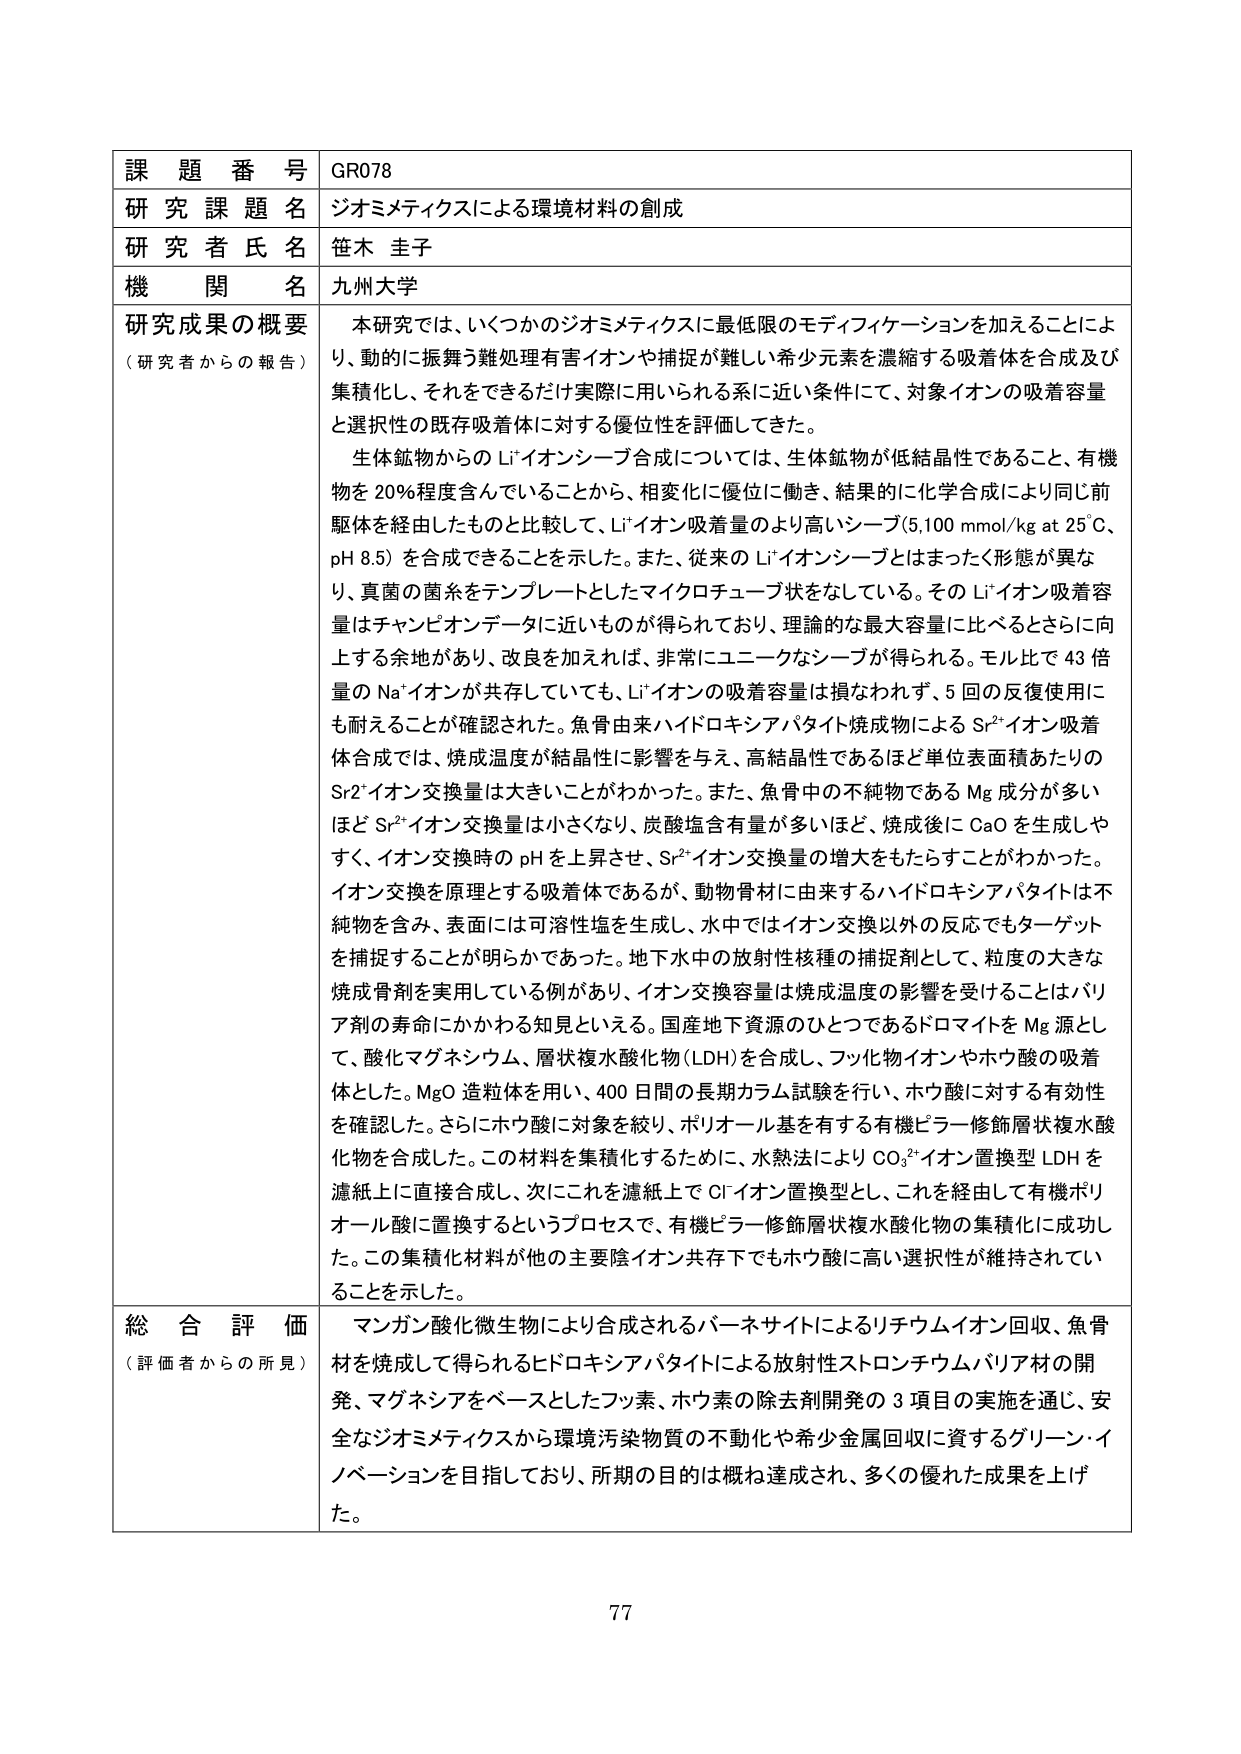
課題番号 GR078
研究課題名 ジオミメティクスによる環境材料の創成
研究者氏名 笹木 圭子
機関名 九州大学

研究成果の概要
（研究者からの報告）
本研究では、いくつかのジオミメティクスに最低限のモディフィケーションを加えることにより、動的に振舞う難処理有害イオンや捕捉が難しい希少元素を濃縮する吸着体を合成及び集積化し、それをできるだけ実際に用いられる系に近い条件にて、対象イオンの吸着容量と選択性の既存吸着体に対する優位性を評価してきた。

生体鉱物からのLi⁺イオンシーブ合成については、生体鉱物が低結晶性であること、有機物を20％程度含んでいることから、相変化に優位に働き、結果的に化学合成により同じ前駆体を経由したものと比較して、Li⁺イオン吸着量のより高いシーブ（5,100 mmol/kg at 25℃、pH 8.5）を合成できることを示した。また、従来のLi⁺イオンシーブとはまったく形態が異なり、真菌の菌糸をテンプレートとしたマイクロチューブ状をなしている。そのLi⁺イオン吸着容量はチャンピオンデータに近いものが得られており、理論的な最大容量に比べるとさらに向上する余地があり、改良を加えれば、非常にユニークなシーブが得られる。モル比で43倍量のNa⁺イオンが共存していても、Li⁺イオンの吸着容量は損なわれず、5回の反復使用にも耐えることが確認された。魚骨由来ハイドロキシアパタイト焼成物によるSr²⁺イオン吸着体合成では、焼成温度が結晶性に影響を与え、高結晶性であるほど単位表面積あたりのSr²⁺イオン交換量は大きいことがわかった。また、魚骨中の不純物であるMg成分が多いほどSr²⁺イオン交換量は小さくなり、炭酸塩含有量が多いほど、焼成後にCaOを生成しやすく、イオン交換時のpHを上昇させ、Sr²⁺イオン交換量の増大をもたらすことがわかった。イオン交換を原理とする吸着体であるが、動物骨材に由来するハイドロキシアパタイトは不純物を含み、表面には可溶性塩を生成し、水中ではイオン交換以外の反応でもターゲットを捕捉することが明らかであった。地下水中的放射性核種の捕捉剤として、粒度の大きな焼成骨剤を実用している例があり、イオン交換容量は焼成温度の影響を受けることはバリア剤の寿命にかかわる知見といえる。国産地下資源のひとつであるドロマイトをMg源として、酸化マグネシウム、層状複水酸化物（LDH）を合成し、フッ化物イオンやホウ酸の吸着体とした。MgO造粒体を用い、400日間の長期カラム試験を行い、ホウ酸に対する有効性を確認した。さらにホウ酸に対象を絞り、ポリオール基を有する有機ピラーレ修飾層状複水酸化物を合成した。この材料を集積化するために、水熱法によりCO₃²⁻イオン置換型LDHを濾紙上に直接合成し、次にこれを濾紙上でCl⁻イオン置換型とし、これを経由して有機ポリオール酸に置換するというプロセスで、有機ピラーレ修飾層状複水酸化物の集積化に成功した。この集積化材料が他の主要陰イオン共存下でもホウ酸に高い選択性が維持されていることを示した。

総合評価
（評価者からの所見）
マンガン酸化微生物により合成されるバーネサイトによるリチウムイオン回収、魚骨材を焼成して得られるヒドロキシアパタイトによる放射性ストロンチウムバリア材の開発、マグネシアをベースとしたフッ素、ホウ素の除去剤開発の3項目の実施を通じ、安全なジオミメティクスから環境汚染物質の不動化や希少金属回収に資するグリーン・イノベーションを目指しており、所期の目的は概ね達成され、多くの優れた成果を上げた。

77